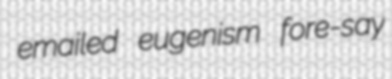
emailed eugenism fore-say